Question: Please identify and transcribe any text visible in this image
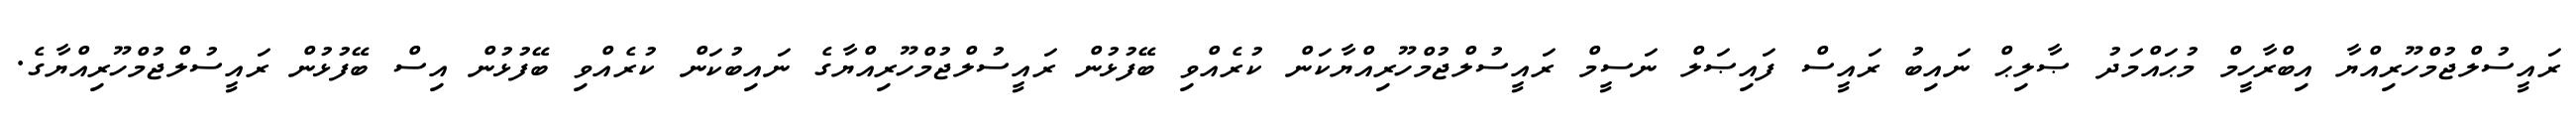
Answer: ރައީސުލްޖުމްހޫރިއްޔާ އިބްރާހީމް މުޙައްމަދު ޞާލިޙް ނައިބު ރައީސް ފައިޞަލް ނަސީމް ރައީސުލްޖުމްހޫރިއްޔާކަން ކުރެއްވި ބޭފުޅުން ރައީސުލްޖުމްހޫރިއްޔާގެ ނައިބުކަން ކުރެއްވި ބޭފުޅުން އިސް ބޭފުޅުން ރައީސުލްޖުމްހޫރިއްޔާގެ.